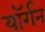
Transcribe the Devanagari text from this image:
यॉर्गन